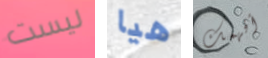
ليست هيا أفهمك